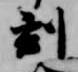
刻